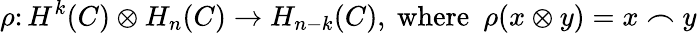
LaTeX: \rho\colon H^{k}(C)\otimes H_{n}(C)\to H_{n-k}(C),\ {\mathrm{where}}\ \ \rho(x\otimes y)=x\frown y